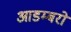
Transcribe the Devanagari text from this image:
आडम्बरो